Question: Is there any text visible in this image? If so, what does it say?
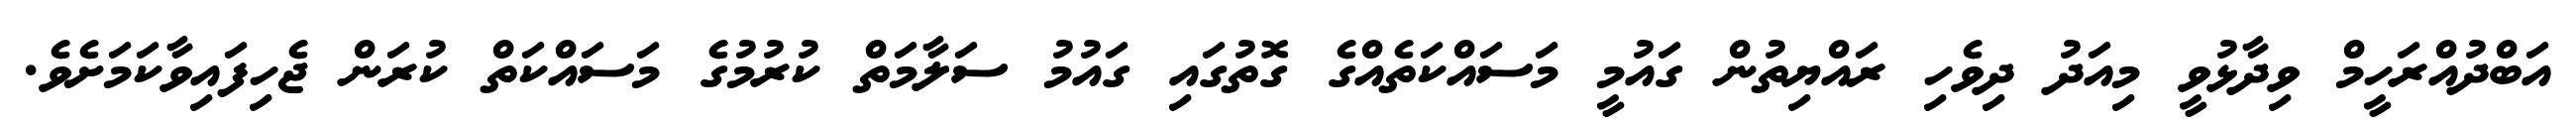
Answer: އަބްދުއްރަހީމް ވިދާޅުވީ މިއަދު ދިވެހި ރައްޔިތުން ގައުމީ މަސައްކަތެއްގެ ގޮތުގައި ގައުމު ސަލާމަތް ކުރުމުގެ މަސައްކަތް ކުރަން ޖެހިފައިވާކަމަށެވެ.